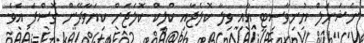
ނެޝަނަލް ޔުނިވާސިޓީ އާއި ވިލާ ކޮލެޖާއި ކްލިކް ކޮލެޖަށް ކިޔަވާދޭން ގޮސްފަ އެވެ.